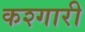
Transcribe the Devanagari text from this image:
कश्गारी